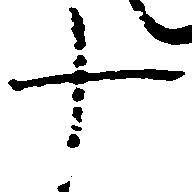
十